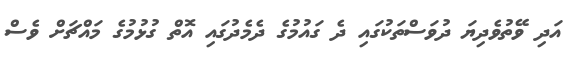
އަދި ވޭތުވެދިޔަ ދުވަސްތަކުގައި ދެ ގައުމުގެ ދެމެދުގައި އޮތް ގުޅުމުގެ މައްޗަށް ވެސް